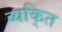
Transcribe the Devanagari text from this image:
व्यकि्‌त